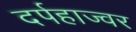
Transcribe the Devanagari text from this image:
दर्पहाज्वर